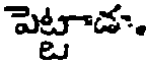
పెట్టాడ.